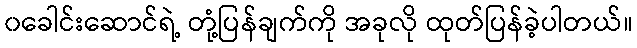
၀ခေါင်းဆောင်ရဲ့ တုံ့ပြန်ချက်ကို အခုလို ထုတ်ပြန်ခဲ့ပါတယ်။